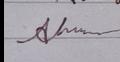
Signature authenticity: genuine